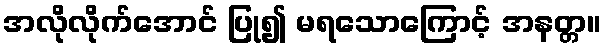
အလိုလိုက်အောင် ပြု၍ မရသောကြောင့် အနတ္တ။